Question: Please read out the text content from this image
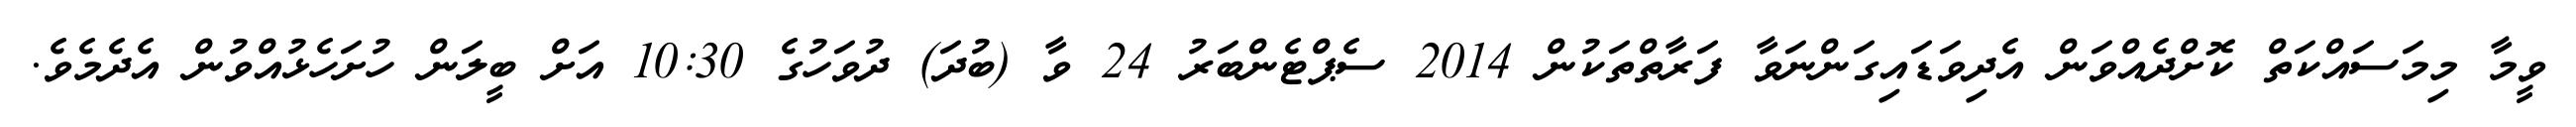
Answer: ވީމާ މިމަސައްކަތް ކޮށްދެއްވަން އެދިވަޑައިގަންނަވާ ފަރާތްތަކުން 2014 ސެޕްޓެންބަރު 24 ވާ (ބުދަ) ދުވަހުގެ 10:30 އަށް ބީލަން ހުށަހެޅުއްވުން އެދެމެވެ.